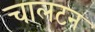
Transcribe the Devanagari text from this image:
चालटन